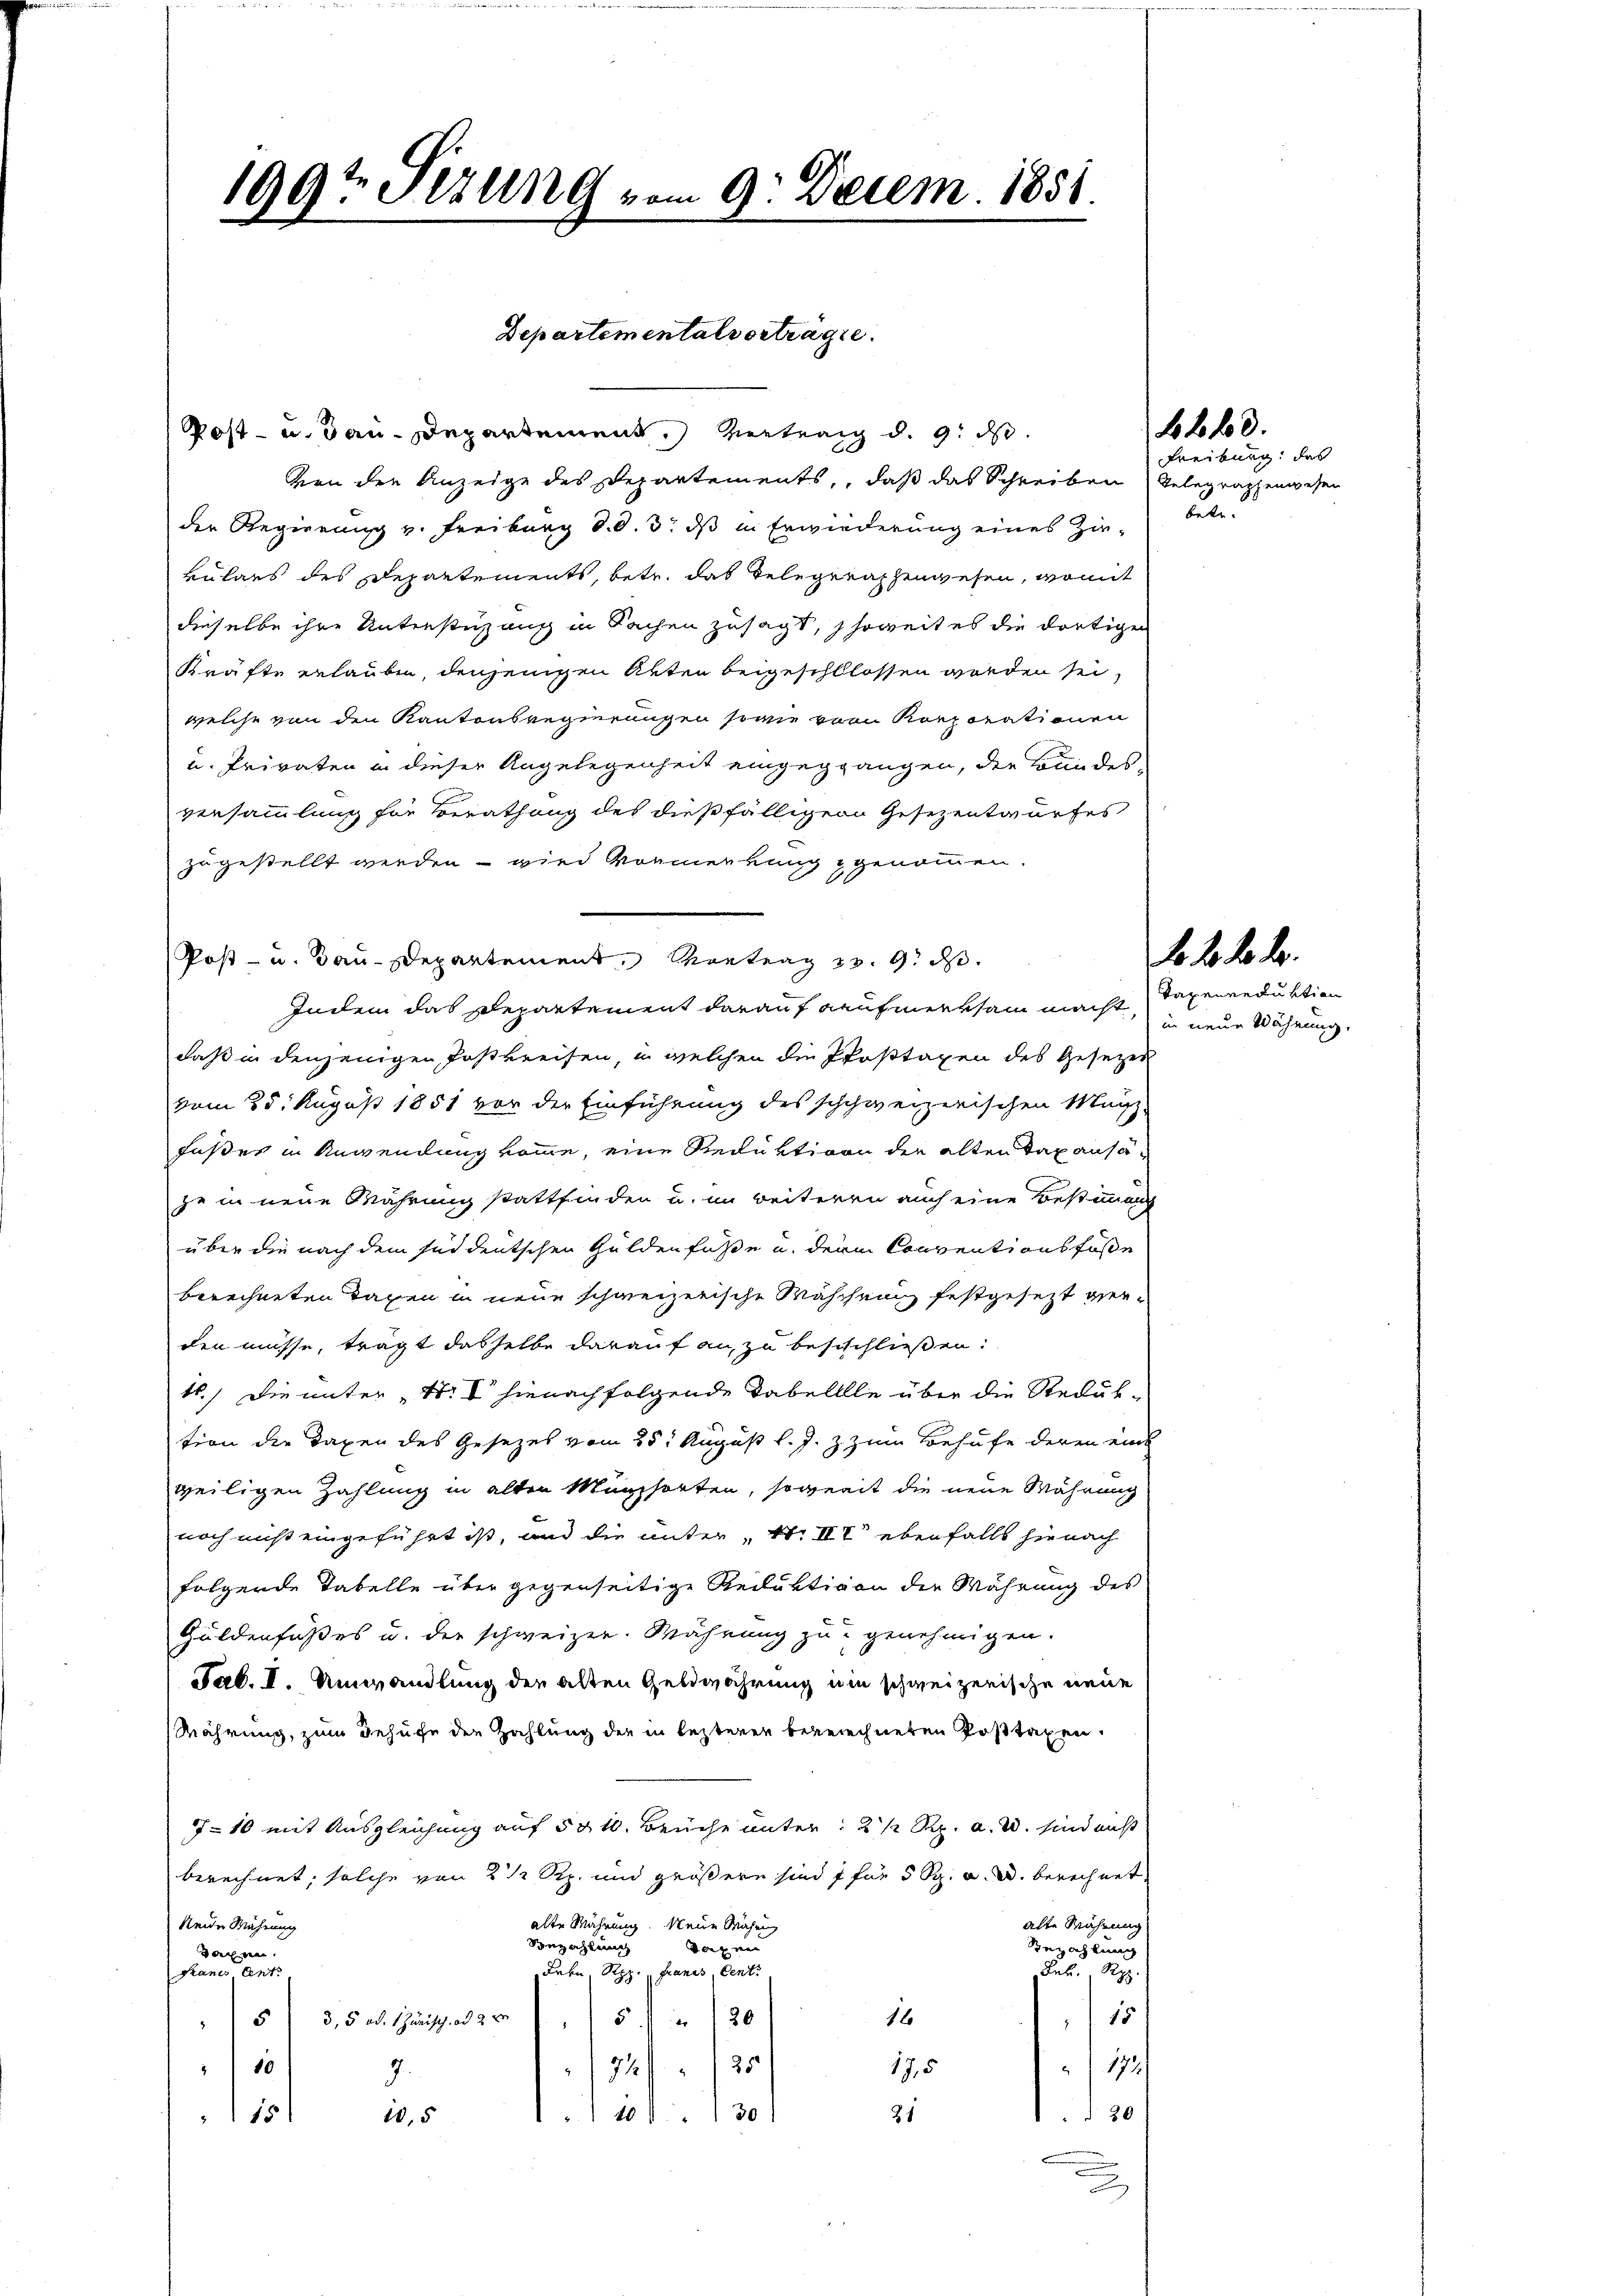
199t Sezung vom 9. Decem. 1851.

Departementalvertragte.

Post- u. dan Departement vertrag d. 9. ds.
Von den Anzeige des Departements, daß das Schreiben Telegraphenwesen
der Regierung v. Freiburg d. d. 3. ds in Erwiederung eines Zinvulaus des Departements, betr. das Telegerachenwesen, womit
dieselbe ihre Unterstüzung in Sachen zusagt, soweit es die dortige
Kräfte erlauben, denjenigen Akten beigeschllossen worden sei,
welche von den Kantonsregierungen sowie von Korporationen
u. Privaten in dieser Angelegenheit eingeggangen, die Bundes
versammlung für Berathung des dießfälliger Gesezentwurfes
zugestellt werden – wird Vormenkung genommen.
Post- u. Bau-Departement, Vortrag v. 9. d.
Indem das Departement darauf Kaufmerksam macht
daß in denjenigen Postkreisen, u. welchen die Pfostagen des Gesezes
vom 25. August 1851 vor der Einführung des schchweizerischen Münz-
fußes in Anwendung komme, eine Reduktion die alten Tax ansäze in neue Währung stattfinden u. im weiteren auch eine Bestimmung
über die nach dem süddeutschen Guldenfüße u. derin Conventionsfosse
berechneten Tagen in neue schweizerische Wäschrung festgesezt verden müsse, trägt dasselbe darauf an, zu besschliessen:
t.) Die unter N. 8 hienach folgende Tabelllle über die Reduktion die Taxen des Gesezes vom 25. August l. J. z zum Behufe deren eine
weiligen Zahlung in alten Münzsorten, soweit die neue Währung
noch nicht eingeführt ist, und die unter St. III ebenfalls hienach
folgende Tabelle über gegenseitige Reduktiven der Währung des
Guldenfußes u. der schweizer. Währung zu genehmigen.
Sab. I. Umwandlung der alten Geldwährung im schweizerische neue
Währung, zum Behufe der Zahlung der in lezteren begerechneten Posttaxen.
7-10 mit Ausgleichung auf 50 l. Beiche unter 2 1/2 Rp. a. W. sind nicht
berechnet, solche von 2 1/2 Rp. und größere sind 7 für 5 Rp. a. u. berechnet,
alte Währung. Neue Machen
alte Währung
Reide Währung
Sonzahlung
Sorgen
Bezahlung
daren
Pranes Ant.
Labn Rpp.  Franes Cent
as. A
16
3,5 od. Häusch. 2. 520
115
5
10
172/
175
3/25
30
1 100. 1301
21
105
115

Freiburg, das
cat

628.

Taxeneeduktion
in neue Währung.

d. d. d. d.